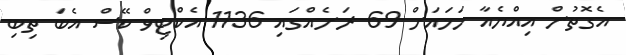
އެގޮތުން އިއްޔެއާ ހަމައަށް 69 ރަށެއްގައި 1136 އެކްޓިވް ކޭސް އެބަ ތިބި